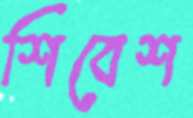
শিবেশ